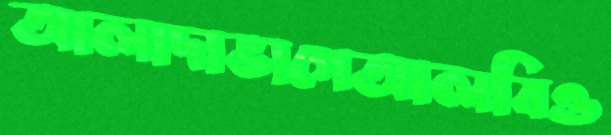
আলাদাভাগেআলবিও